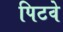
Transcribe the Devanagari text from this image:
पिटवे